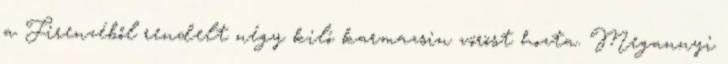
a Firenzéből rendelt négy kiló karmazsin vöröst hozta. Megannyi